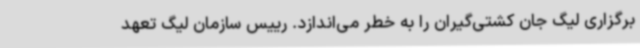
برگزاری لیگ جان کشتی‌گیران را به خطر می‌اندازد. رییس سازمان لیگ تعهد